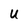
Character: U